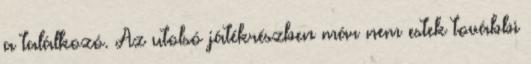
a találkozó. Az utolsó játékrészben már nem estek további